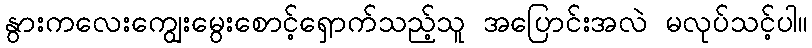
နွားကလေးကျွေးမွေးစောင့်ရှောက်သည့်သူ အပြောင်းအလဲ မလုပ်သင့်ပါ။